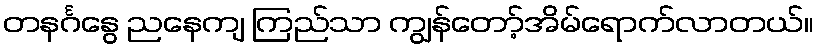
တနင်္ဂနွေ ညနေကျ ကြည်သာ ကျွန်တော့်အိမ်ရောက်လာတယ်။